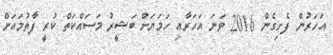
އަހަރުން ފެށިގެން 2016 ވަނަ އަހަރާއި ހަމަޔަށް ބަޝީރު މަސައްކަތް ކުރީ ފާތުމައަށް